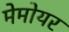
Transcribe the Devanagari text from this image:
मेमोयर